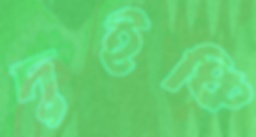
দুইঞ্চি